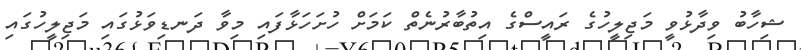
ޝިހާބު ވިދާޅުވީ މަޖިލީހުގެ ރައީސްގެ އިތުބާރުނެތް ކަމަށް ހުށަހަޅާފައި މިވާ ދަނޑިވަޅުގައި މަޖިލީހުގައި